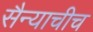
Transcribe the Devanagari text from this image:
सैन्याचीच